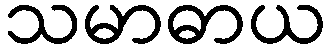
သမာဓာယ